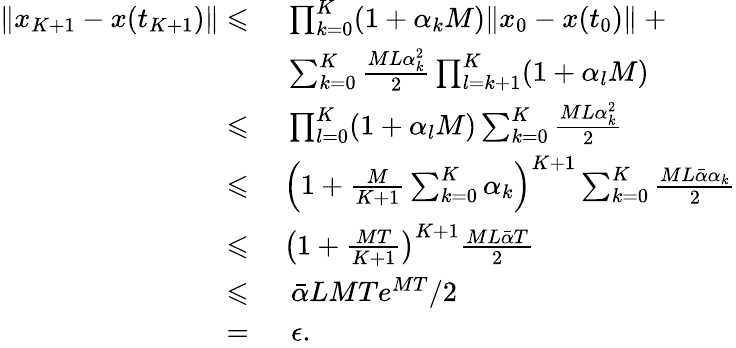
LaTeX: \begin{array}{rl}{\| x_{K+1}-x(t_{K+1})\| \leqslant}&{~\prod_{k=0}^{K}(1+\alpha_{k}M)\| x_{0}-x(t_{0})\| ~+}\\ &{~\sum_{k=0}^{K}\frac{ML\alpha_{k}^{2}}{2}\prod_{l=k+1}^{K}(1+\alpha_{l}M)}\\ {\leqslant}&{~\prod_{l=0}^{K}(1+\alpha_{l}M)\sum_{k=0}^{K}\frac{ML\alpha_{k}^{2}}{2}}\\ {\leqslant}&{~\left(1+\frac{M}{K+1}\sum_{k=0}^{K}\alpha_{k}\right)^{K+1}\sum_{k=0}^{K}\frac{ML\bar{\alpha}\alpha_{k}}{2}}\\ {\leqslant}&{~\left(1+\frac{MT}{K+1}\right)^{K+1}\frac{ML\bar{\alpha}T}{2}}\\ {\leqslant}&{~~\bar{\alpha}LMTe^{MT}/2}\\ {=}&{~~\epsilon.}\end{array}